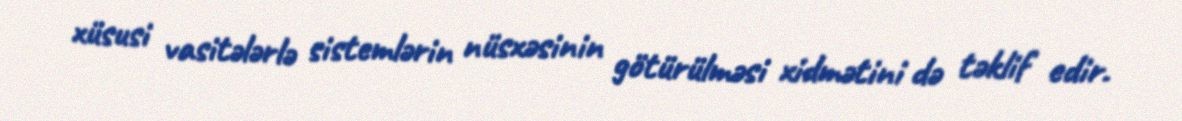
xüsusi vasitələrlə sistemlərin nüsxəsinin götürülməsi xidmətini də təklif edir.